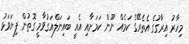
މިހާރު އިރާގުގެ އެތެރޭގެ ކަމެއް ނޫން ކަމަށާއި އެއީ ބައިނަލްއަގުވާމީ ގޮތުން ފިޔަވަޅު